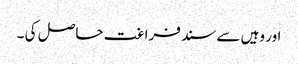
اور وہیں سے سند فراغت حاصل کی ۔